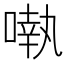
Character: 𠽃